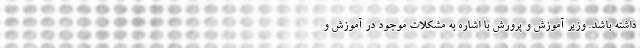
داشته باشد. وزیر آموزش و پرورش با اشاره به مشکلات موجود در آموزش و